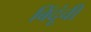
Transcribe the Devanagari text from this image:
बिंदूंची